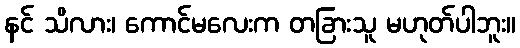
နင် သိလား၊ ကောင်မလေးက တခြားသူ မဟုတ်ပါဘူး။